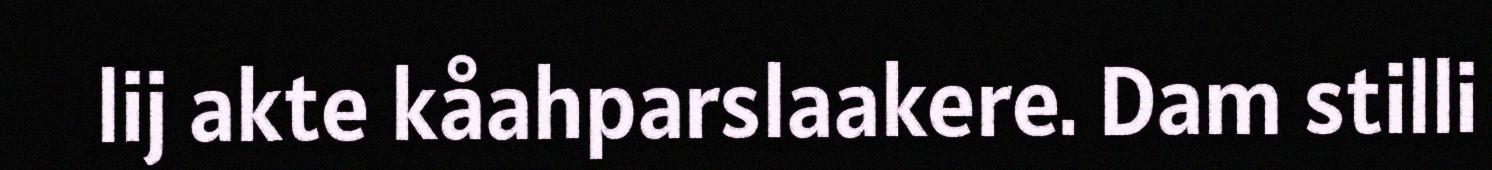
lij akte kåahparslaakere. Dam stilli